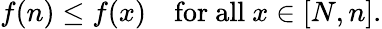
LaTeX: f(n)\leq f(x)\quad{\mathrm{for~all~}}x\in[N,n].